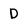
Character: D